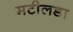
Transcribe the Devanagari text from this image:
मटीलडा